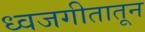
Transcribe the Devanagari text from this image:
ध्वजगीतातून